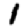
Digit: 1